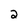
Character: 2